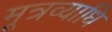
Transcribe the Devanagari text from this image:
मूत्रव्याधि